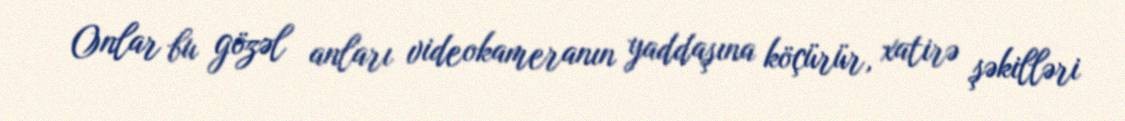
Onlar bu gözəl anları videokameranın yaddaşına köçürür, xatirə şəkilləri